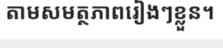
តាមសមត្ថភាពរៀងៗខ្លួន។